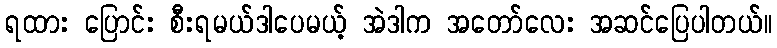
ရထား ပြောင်း စီးရမယ်ဒါပေမယ့် အဲဒါက အတော်လေး အဆင်ပြေပါတယ်။